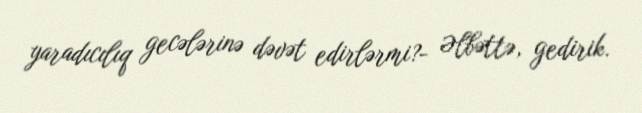
yaradıcılıq gecələrinə dəvət edirlərmi?- Əlbəttə, gedirik.